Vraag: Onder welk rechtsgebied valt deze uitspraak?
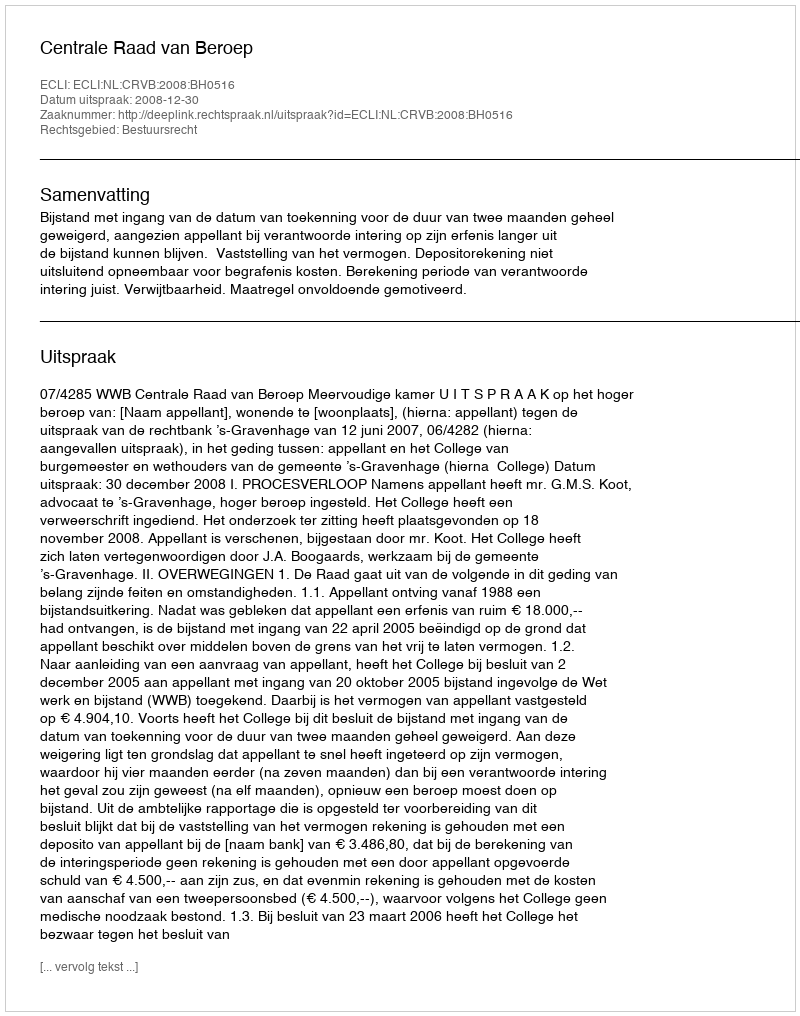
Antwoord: Bestuursrecht